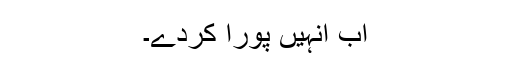
اب انہیں پورا کردے۔